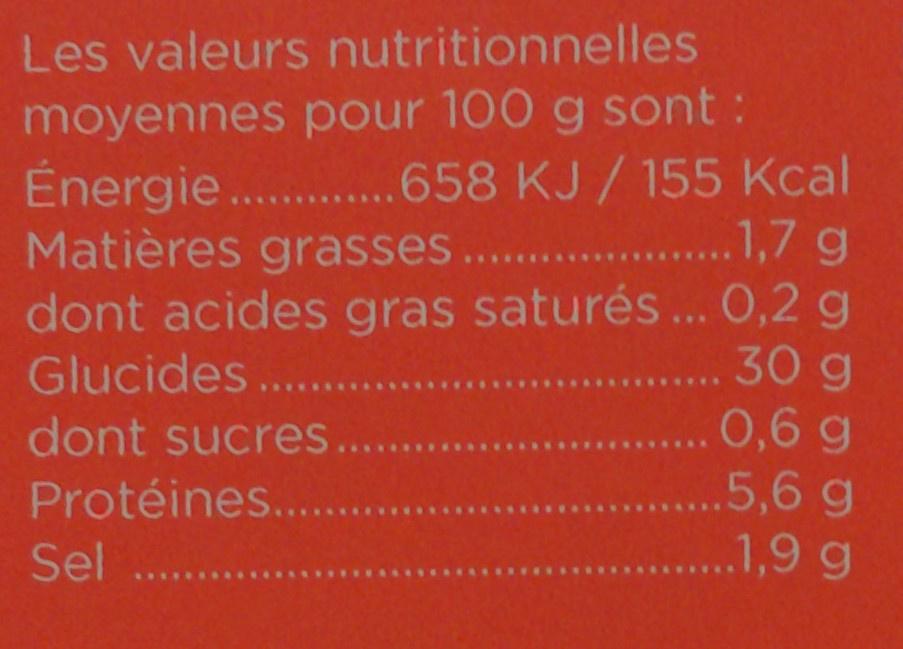
Les valeurs nutritionnelles
moyennes pour 100 g sont: Énergie..
Energie. . Matières grasses. .1,7 g dont acides gras saturés... 0,2 g Glucides.. dont sucres...
658 KJ/155 Kcal
30 g
0,6 g ..5,6 g ..1,9 g
Protéines..
Sel ...